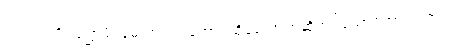
ပက္ကုသကို။ ပုစ္ဆာမိ၊ မေးအံ့။ တတော၊ ထိုမေးအံ့ဟုဆိုအပ်သောစကားထက်။